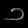
Digit: ၁